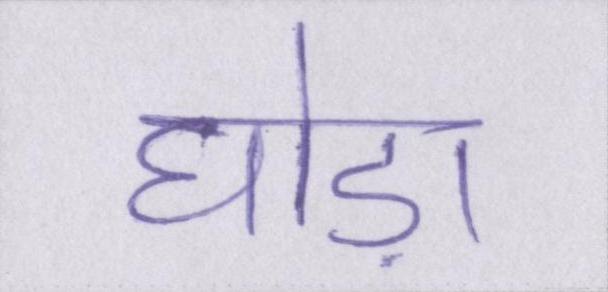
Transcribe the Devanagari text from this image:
घोड़ा